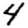
Digit: 4